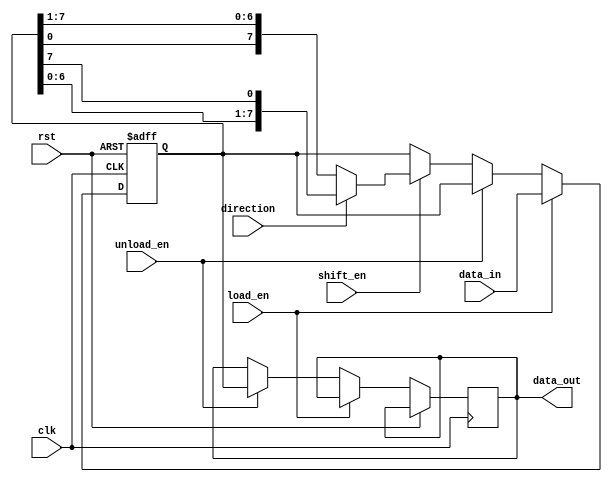
module bidirectional_shift_register (
    input clk,
    input rst,
    input shift_en,
    input load_en,
    input unload_en,
    input direction,
    input [7:0] data_in,
    output reg [7:0] data_out
);

reg [7:0] reg_data;

always @(posedge clk or posedge rst) begin
    if (rst) begin
        reg_data <= 8'b0;
    end else begin
        if (load_en) begin
            reg_data <= data_in;
        end else if (unload_en) begin
            data_out <= reg_data;
        end else if (shift_en) begin
            if (direction) begin
                reg_data <= {reg_data[6:0], reg_data[7]};
            end else begin
                reg_data <= {reg_data[0], reg_data[7:1]};
            end
        end
    end
end

endmodule